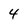
Character: 4